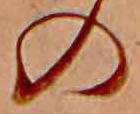
の